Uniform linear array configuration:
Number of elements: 4
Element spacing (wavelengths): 0.75
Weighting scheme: binomial
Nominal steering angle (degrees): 30
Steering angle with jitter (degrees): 30.16
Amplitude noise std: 0.05
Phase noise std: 0.05

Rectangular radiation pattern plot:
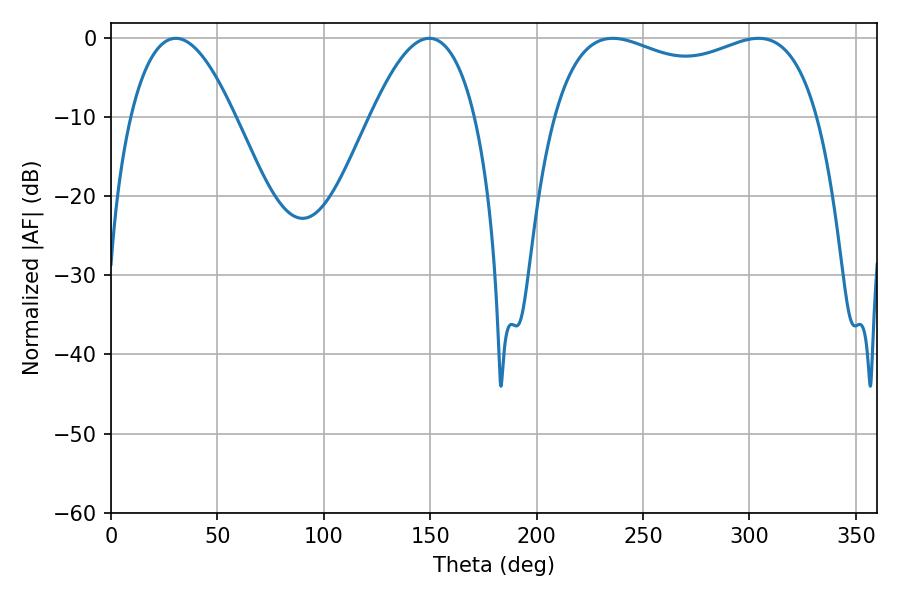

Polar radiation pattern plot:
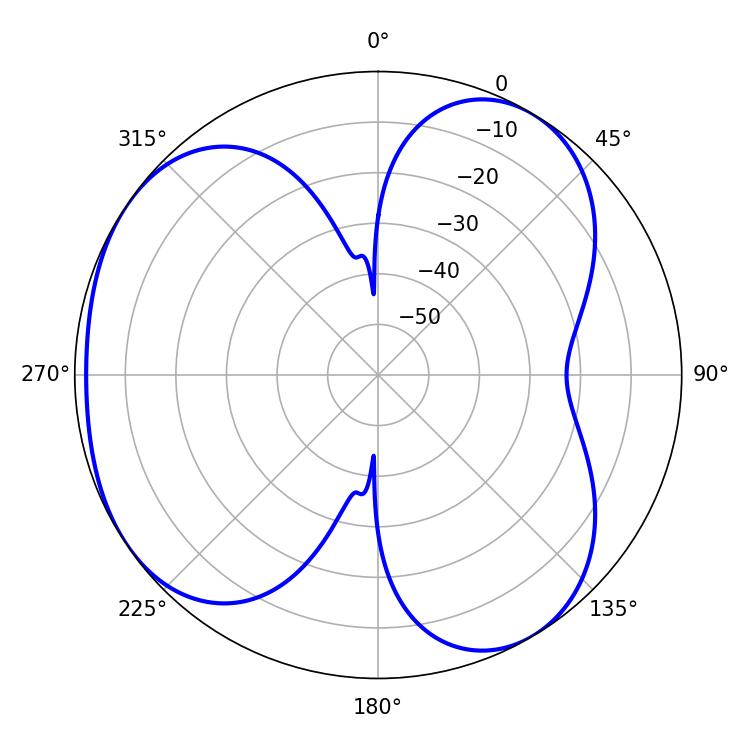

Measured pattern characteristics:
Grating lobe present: TRUE
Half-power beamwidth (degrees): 26.82
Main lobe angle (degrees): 30.42